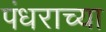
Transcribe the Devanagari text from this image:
पंधराच्या